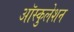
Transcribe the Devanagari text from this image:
ऑस्कुलेशन